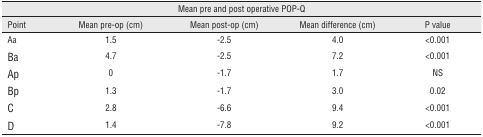
<table><thead><tr><td colspan="5"><b>Mean pre and post operative POP-Q</b></td></tr><tr><td><b>Point</b></td><td><b>Mean pre-op (cm)</b></td><td><b>Mean post-op (cm)</b></td><td><b>Mean difference (cm)</b></td><td><b>P value</b></td></tr></thead><tbody><tr><td>Aa</td><td>1.5</td><td>-2.5</td><td>4.0</td><td>&lt;0.001</td></tr><tr><td>Ba</td><td>4.7</td><td>-2.5</td><td>7.2</td><td>&lt;0.001</td></tr><tr><td>Ap</td><td>0</td><td>-1.7</td><td>1.7</td><td>NS</td></tr><tr><td>Bp</td><td>1.3</td><td>-1.7</td><td>3.0</td><td>0.02</td></tr><tr><td>C</td><td>2.8</td><td>-6.6</td><td>9.4</td><td>&lt;0.001</td></tr><tr><td>D</td><td>1.4</td><td>-7.8</td><td>9.2</td><td>&lt;0.001</td></tr></tbody></table>